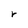
Character: r